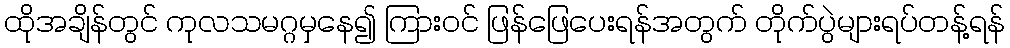
ထိုအချိန်တွင် ကုလသမဂ္ဂမှနေ၍ ကြားဝင် ဖြန်ဖြေပေးရန်အတွက် တိုက်ပွဲများရပ်တန့်ရန်